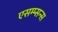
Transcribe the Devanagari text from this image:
एसम्प्सन्स